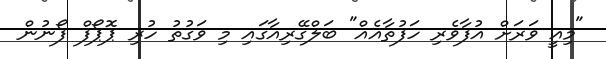
"މިއީ ވަރަށް އުފާވެރި ހަފުތާއެއް" ބަލްގޭރިއާގައި މި ވަގުތު ހުރި ޕޮޕޯފް ފޯނުން